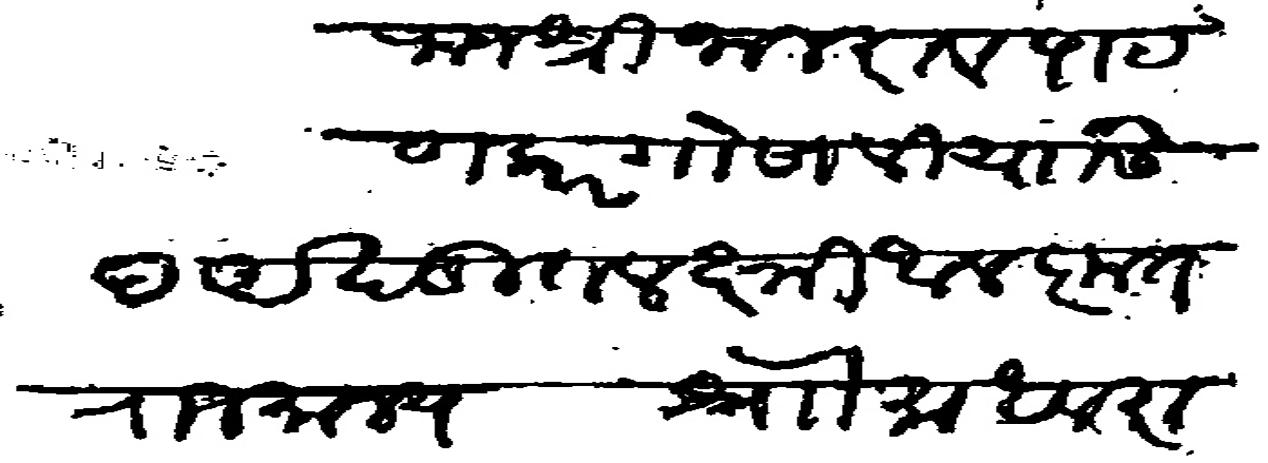
Transliteration (Devanagari): राजश्री जानराव पाटणकर गोसावी यांस अखंडित लक्ष्मी अलंकृत राजमान्य स्ने माधवराव